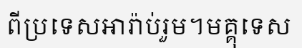
ពីប្រទេសអារ៉ាប់រួម។មគ្គុទេស